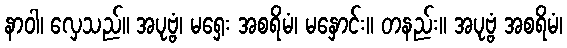
နာဝါ၊ လှေသည်။ အပုဗ္ဗံ၊ မရှေး အစရိမံ၊ မနှောင်း။ တနည်း။ အပုဗ္ဗံ အစရိမံ၊